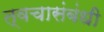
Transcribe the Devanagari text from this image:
त्वचासंबंधी